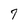
Character: 7